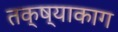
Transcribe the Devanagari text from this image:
तक्ष्याकाग